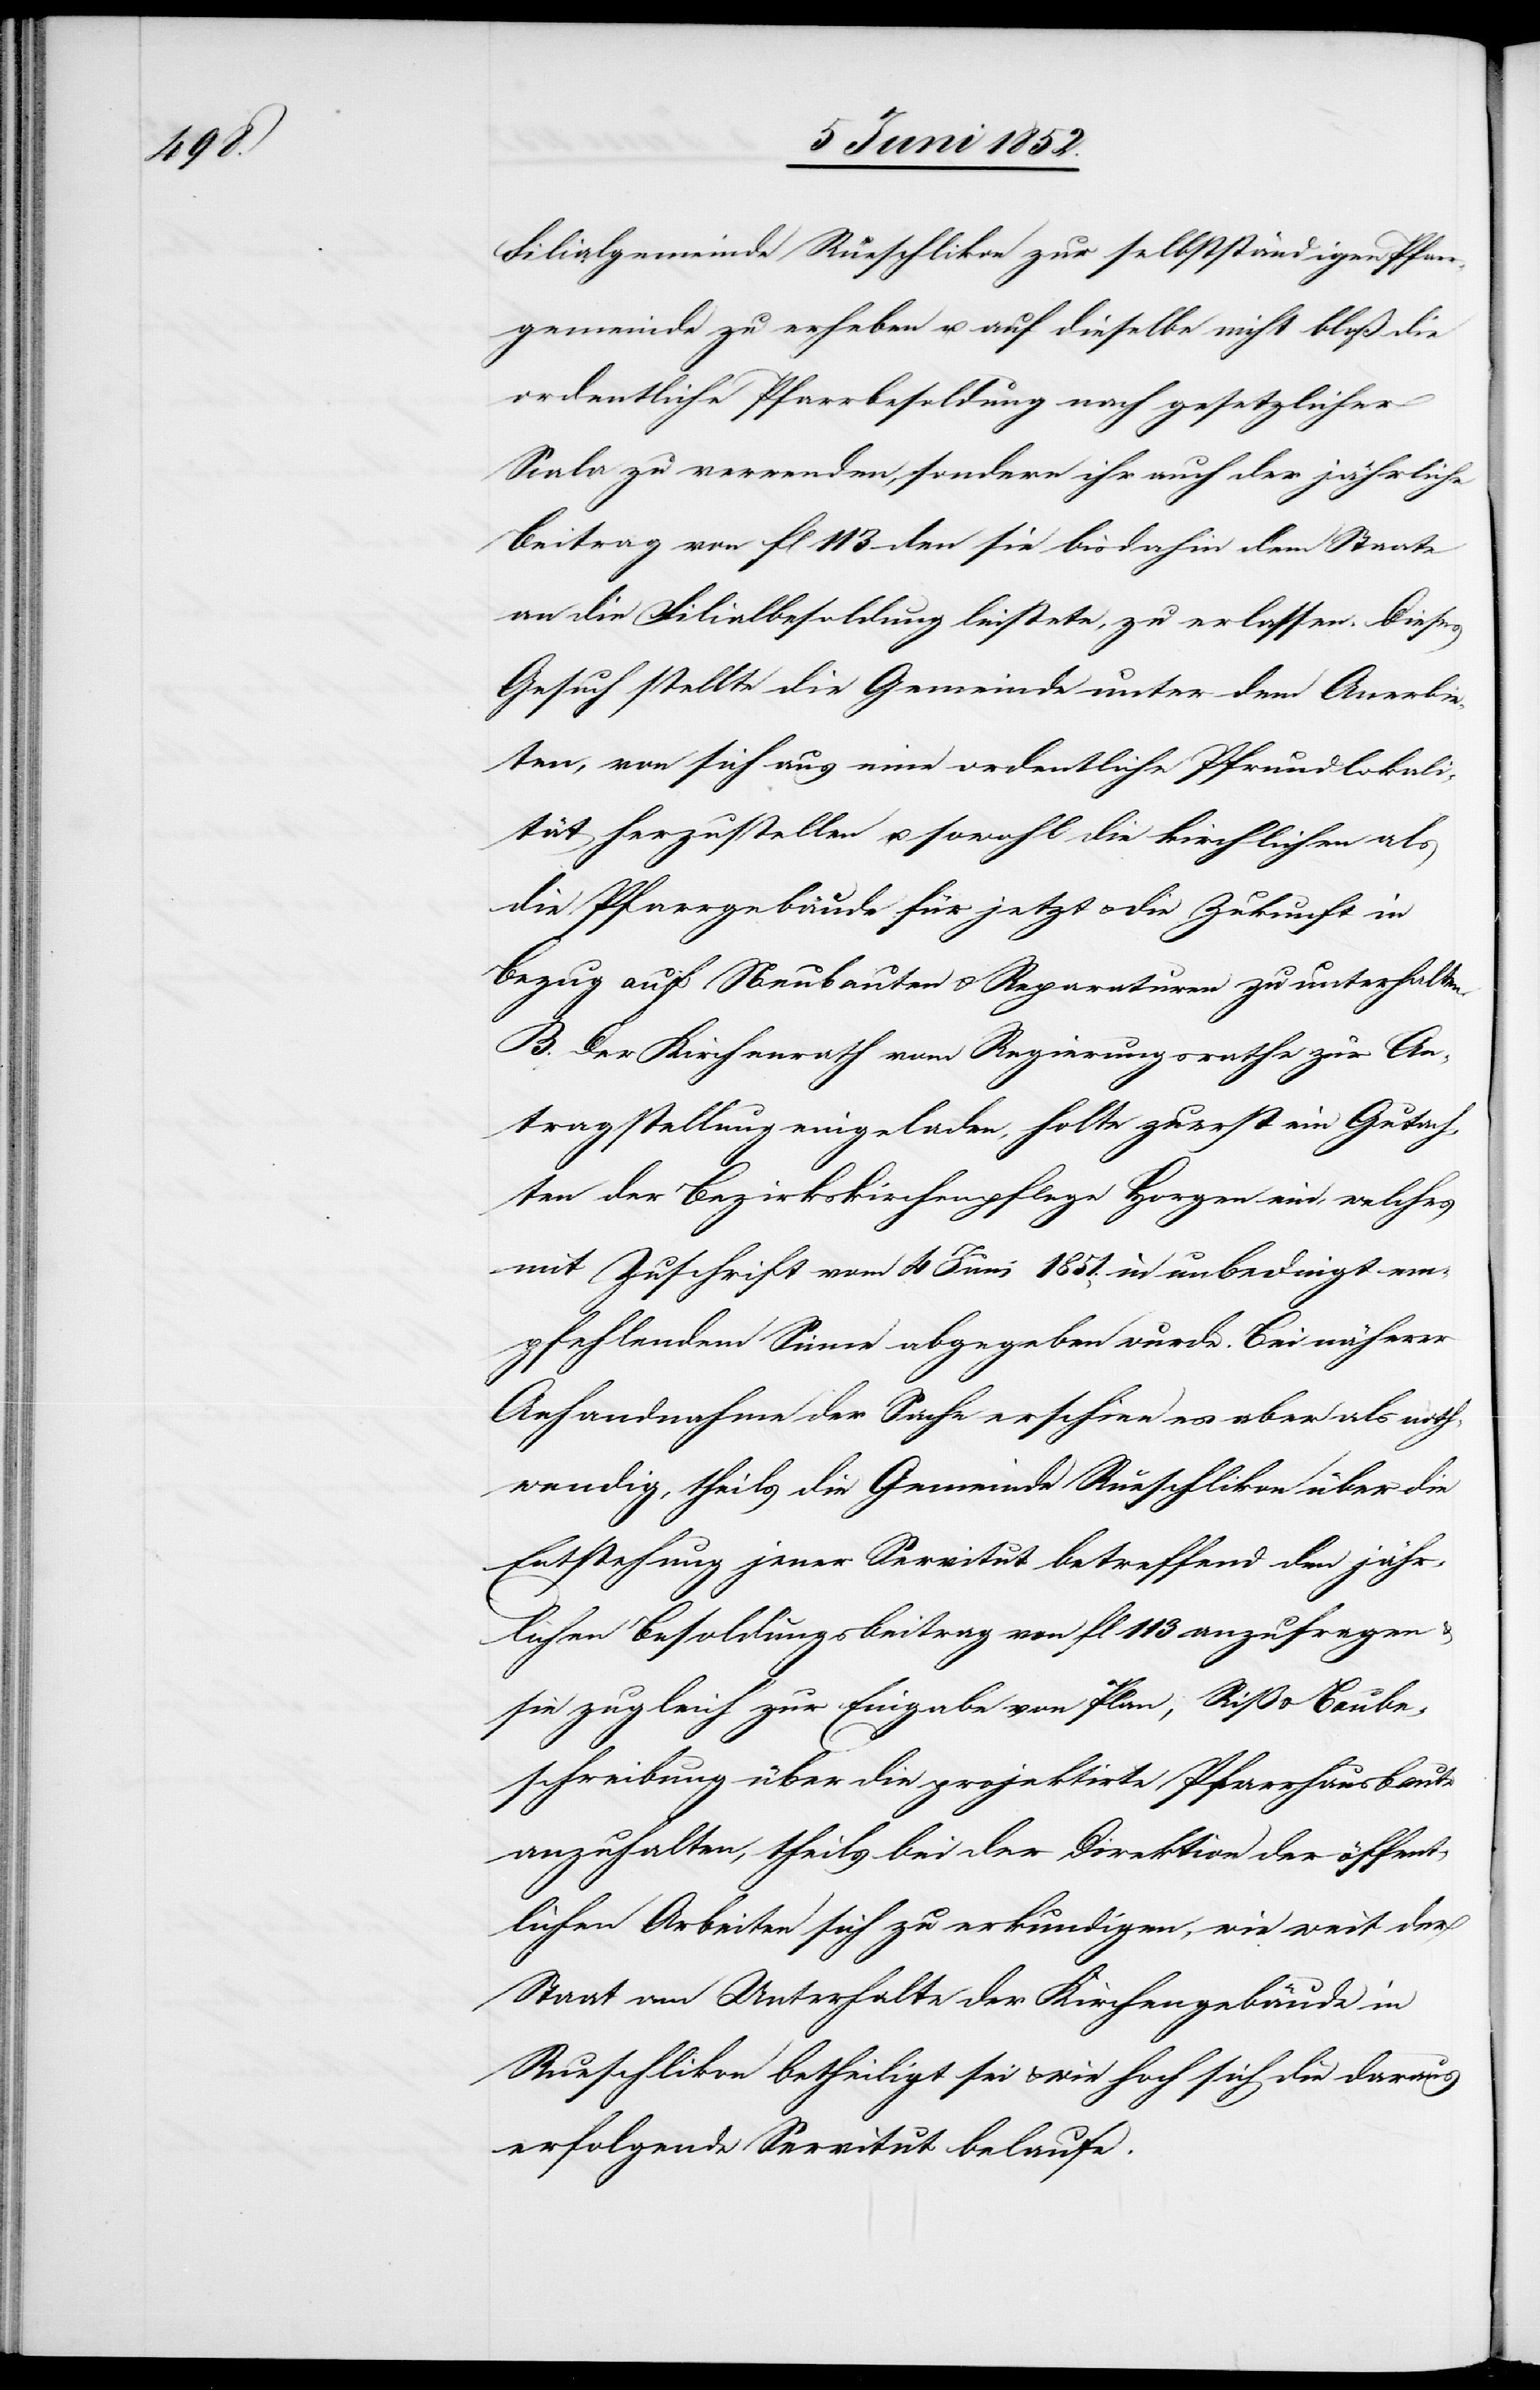
Filialgemeinde Rueschlikon zur selbstständigen Pfarr¬
gemeinde zu erheben u. auf dieselbe nicht bloß die
ordentliche Pfarrbesoldung nach gesetzlicher
Scala zu verwenden, sondern ihr auch der jährliche
Beitrag von fl 113 den sie bisdahin dem Staate
an die Filialbesoldung leistete, zu erlassen. Dieses
Gesuch stellte die Gemeinde unter dem Anerbie¬
ten, von sich aus eine ordentliche Pfrundlokali¬
tät herzustellen u. sowohl die kirchlichen als
die Pfarrgebäude für jetzt & die Zukunft in
Bezug auf Neubauten & Reparaturen zu unterhalten.
B. Der Kirchenrath vom Regierungsrathe zur An¬
tragstellung eingeladen, holte zuerst ein Gutach¬
ten der Bezirkskirchenpflege Horgen ein, welches
mit Zuschrift vom 4 Juni 1851. in unbedingt em¬
pfehlendem Sinne abgegeben wurde. Bei näherer
Anhandnahme der Sache erschien es aber als noth¬
wendig, theils die Gemeinde Rueschlikon über die
Entstehung jener Servitut betreffend den jähr¬
lichen Besoldungsbeitrag von fl 113 anzufragen &
sie zugleich zur Eingabe von Plan, Riß & Baube¬
schreibung über die projektirte Pfarrhausbaute
anzuhalten, theils bei der Direktion der öffent¬
lichen Arbeiten sich zu erkundigen, wie weit der
Staat am Unterhalte der Kirchengebäude in
Rueschlikon betheiligt sei & wie hoch sich die daraus
erfolgende Servitut belaufe.